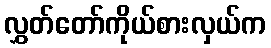
လွှတ်တော်ကိုယ်စားလှယ်က